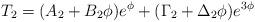
LaTeX: \begin{align*}T_2=(A_2+ B_2 \phi)e^\phi +(\Gamma_2 +\Delta_2 \phi)e^{3\phi} \end{align*}